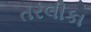
તરલીકા